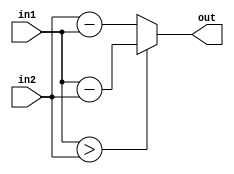
module fixed_point_subtractor (
    input wire [(INT_BITS+FRAC_BITS)-1:0] in1,
    input wire [(INT_BITS+FRAC_BITS)-1:0] in2,
    output reg [(INT_BITS+FRAC_BITS)-1:0] out
);

parameter INT_BITS = 4;
parameter FRAC_BITS = 4;

reg [(INT_BITS + FRAC_BITS):0] result;

// Separate the integer and fractional parts from the inputs
reg [INT_BITS-1:0] int_part1, int_part2;
reg [FRAC_BITS-1:0] frac_part1, frac_part2;

assign int_part1 = in1[(INT_BITS+FRAC_BITS)-1:(FRAC_BITS)];
assign frac_part1 = in1[(FRAC_BITS)-1:0];

assign int_part2 = in2[(INT_BITS+FRAC_BITS)-1:(FRAC_BITS)];
assign frac_part2 = in2[(FRAC_BITS)-1:0];

// Perform subtraction operation on integer and fractional parts separately
always @* begin
    if (in1 > in2) begin
        result = in1 - in2;
    end else begin
        result = in2 - in1;
    end
end

// Output the result as a fixed-point number with the same format as inputs
assign out = result;

endmodule